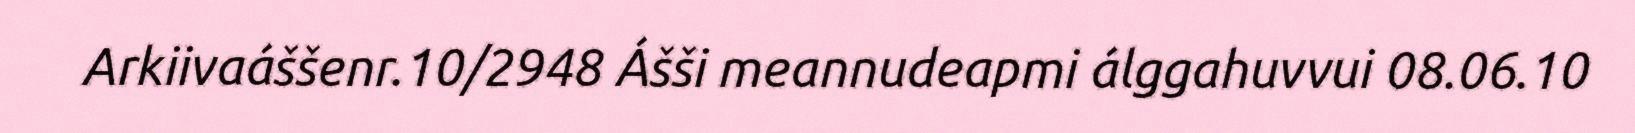
Arkiivaáššenr.10/2948 Ášši meannudeapmi álggahuvvui 08.06.10